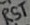
Text: RST